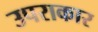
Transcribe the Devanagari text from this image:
उपराकार